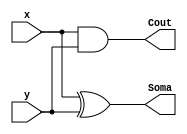
// -------------------------------
// Guia 05_03 - Somador Completo 4 bits
// Nome: Ludmily Caldeira da Silva
// --------------------------------

// -------------------------------
// -- Produtor de 3 bits
// -------------------------------

//--------- meua soma

module MS (Soma, Cout, x, y);

output Cout, Soma;
input x, y;

xor XOR1 (Soma, x, y);
and AND1 (Cout, x, y);

endmodule // MS

//------soma completa

module SC (Soma1, Cout1, x1, y1, Cin);

output Cout1, Soma1;
input x1, y1, Cin;
wire t1, t2, t3;

MS MS1 (t2, t1, x1, y1);
MS MS2 (Soma1, t3, Cin, t2);
or Or1 (Cout1, t3, t1);

endmodule // SC


module Produtor3B (p, vout, a, b);

output vout; 
output [4:0]p;
input [2:0]a;
input [2:0]b; 
wire v[0:4], t[0:9];

and AND1 (p[0], a[0], b[0]);
and AND2 (t[0], a[1], b[0]);
and AND3 (t[1], a[0], b[1]);
MS MS1 (p[1], v[0], t[0], t[1]);
and AND4 (t[2], a[2], b[0]);
and AND5 (t[3], a[1], b[1]);
and AND6 (t[4], a[0], b[2]);
SC SC1 (t[5], v[1], v[0], t[2], t[3]);
MS MS2 (p[2], v[2], t[5], t[4]);
and AND7 (t[6], a[2], b[1]);
and AND8 (t[7], a[1], b[2]);
SC SC2 (t[8], v[3], v[2], v[1], t[6]);
MS MS3 (p[3], v[4], t[8], t[7]);
and AND9 (t[9], a[2], b[2]);
SC SC3 (p[4], vout, v[4], v[3], t[9]);

endmodule // Produtor3B

// --------------------------------
// -- test Produtor de 3 bits
// --------------------------------

module testProdutor3B;

reg [2:0]x;
reg [2:0]y;
wire [4:0]p;
wire cout;
integer j, k, linha;

// instancia 
Produtor3B Produtor3B1 (p, cout, x, y);

// parte principal

initial begin

x = 0;
y = 0;
j = 0;
end

 initial begin
      $display("\nguia05_03 - Ludmily Caldeira da Silva - 417290\n");
      $display("Test Produtor de 3 bits\n");
      $display("\n        a      b      Vout   Produto\n");
		
      $monitor("       %3b    %3b     %b     %5b" , x, y, cout, p);
		
		for (j = 0; j < 8; j = j + 1) begin
					
			#1 x = j; 
								
				for (k = 0; k < 8; k = k + 1) begin
		
					#1 y = k;
					
			   end
		
	   end
				
  end
 
endmodule // testProdutor3B 

/* Resultados obtidos

       
     ----jGRASP exec: vvp guia05-03.vvp
    
    
    guia05_03 - Ludmily Caldeira da Silva - 417290
    
    Test Produtor de 3 bits
    
    
            a      b      Vout   Produto
    
           000    000     0     00000
           000    001     0     00000
           000    010     0     00000
           000    011     0     00000
           000    100     0     00000
           000    101     0     00000
           000    110     0     00000
           000    111     0     00000
           001    111     0     00111
           001    000     0     00000
           001    001     0     00001
           001    010     0     00010
           001    011     0     00011
           001    100     0     00100
           001    101     0     00101
           001    110     0     00110
           001    111     0     00111
           010    111     0     01110
           010    000     0     00000
           010    001     0     00010
           010    010     0     00100
           010    011     0     00110
           010    100     0     01000
           010    101     0     01010
           010    110     0     01100
           010    111     0     01110
           011    111     0     10101
           011    000     0     00000
           011    001     0     00011
           011    010     0     00110
           011    011     0     01001
           011    100     0     01100
           011    101     0     01111
           011    110     0     10010
           011    111     0     10101
           100    111     0     11100
           100    000     0     00000
           100    001     0     00100
           100    010     0     01000
           100    011     0     01100
           100    100     0     10000
           100    101     0     10100
           100    110     0     11000
           100    111     0     11100
           101    111     1     00011
           101    000     0     00000
           101    001     0     00101
           101    010     0     01010
           101    011     0     01111
           101    100     0     10100
           101    101     0     11001
           101    110     0     11110
           101    111     1     00011
           110    111     1     01010
           110    000     0     00000
           110    001     0     00110
           110    010     0     01100
           110    011     0     10010
           110    100     0     11000
           110    101     0     11110
           110    110     1     00100
           110    111     1     01010
           111    111     1     10001
           111    000     0     00000
           111    001     0     00111
           111    010     0     01110
           111    011     0     10101
           111    100     0     11100
           111    101     1     00011
           111    110     1     01010
           111    111     1     10001
    
     ----jGRASP: operation complete.
    
    
*/